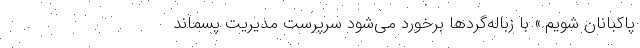
پاکبانان شویم.» با زباله‌گردها برخورد می‌شود سرپرست مدیریت پسماند